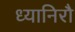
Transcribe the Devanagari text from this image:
ध्यानिरौ